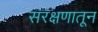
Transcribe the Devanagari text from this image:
संरक्षणातून